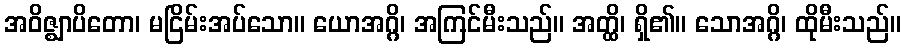
အဝိဇ္ဈာပိတော၊ မငြိမ်းအပ်သော။ ယောအဂ္ဂိ၊ အကြင်မီးသည်။ အတ္ထိ၊ ရှိ၏။ သောအဂ္ဂိ၊ ထိုမီးသည်။